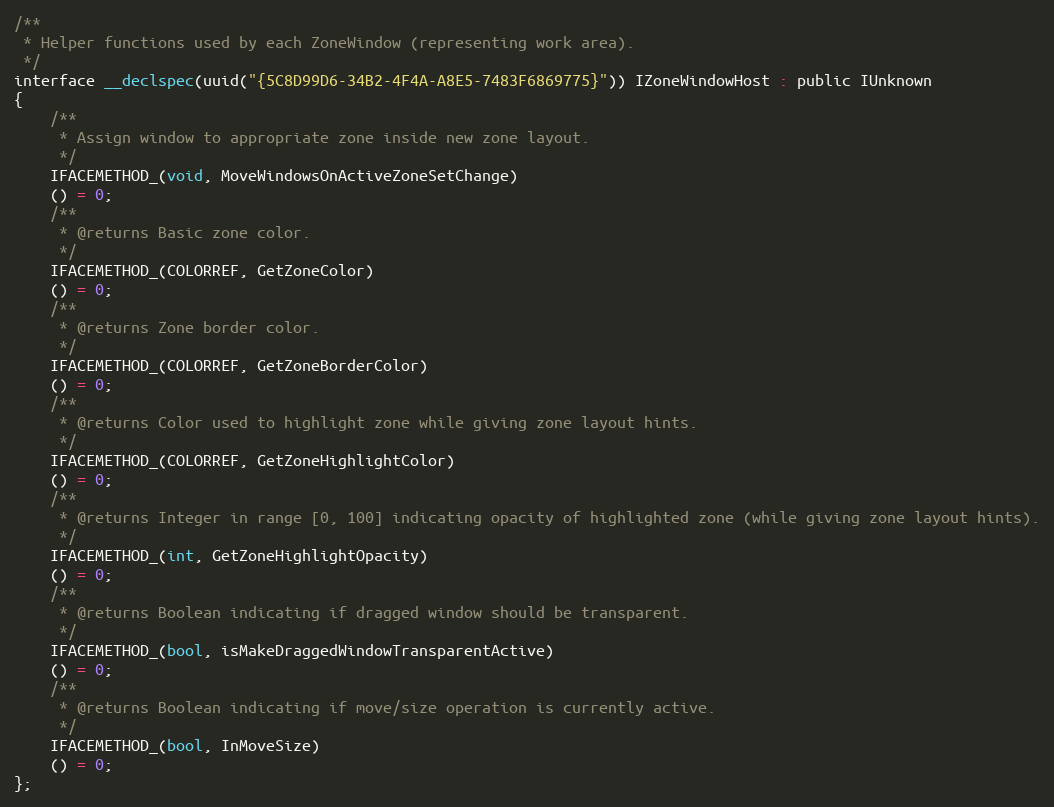
Language: C
/**
 * Helper functions used by each ZoneWindow (representing work area).
 */
interface __declspec(uuid("{5C8D99D6-34B2-4F4A-A8E5-7483F6869775}")) IZoneWindowHost : public IUnknown
{
    /**
     * Assign window to appropriate zone inside new zone layout.
     */
    IFACEMETHOD_(void, MoveWindowsOnActiveZoneSetChange)
    () = 0;
    /**
     * @returns Basic zone color.
     */
    IFACEMETHOD_(COLORREF, GetZoneColor)
    () = 0;
    /**
     * @returns Zone border color.
     */
    IFACEMETHOD_(COLORREF, GetZoneBorderColor)
    () = 0;
    /**
     * @returns Color used to highlight zone while giving zone layout hints.
     */
    IFACEMETHOD_(COLORREF, GetZoneHighlightColor)
    () = 0;
    /**
     * @returns Integer in range [0, 100] indicating opacity of highlighted zone (while giving zone layout hints).
     */
    IFACEMETHOD_(int, GetZoneHighlightOpacity)
    () = 0;
    /**
     * @returns Boolean indicating if dragged window should be transparent.
     */
    IFACEMETHOD_(bool, isMakeDraggedWindowTransparentActive)
    () = 0;
    /**
     * @returns Boolean indicating if move/size operation is currently active.
     */
    IFACEMETHOD_(bool, InMoveSize)
    () = 0;
};